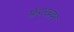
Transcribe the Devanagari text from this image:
फेयरब्रदर